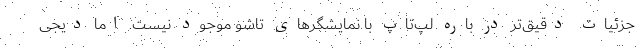
جزئیات دقیق‌تر در باره لپ‌تاپ با نمایشگرهای تاشو موجود نیست. اما دیجی